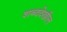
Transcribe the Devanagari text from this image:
शब्ददेखील